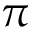
\pi